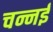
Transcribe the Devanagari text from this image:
चन्नई